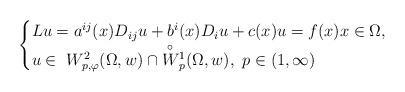
LaTeX: \begin{align*} \begin{cases}Lu= a^{ij}(x)D_{ij} u +b^i(x)D_iu+c(x)u=f(x) x\in \Omega,\\ u\in\ W^2_{p,\varphi}(\Omega,w) \cap \overset{\circ}W{}^1_p(\Omega,w), \ p\in(1,\infty) \end{cases}\end{align*}